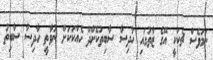
ނަމަވެސް ޗެކަކީ އޭގެ ޒާތުގައި ހާދިސާ ސާބިތުކޮށްދޭ ހެއްކަކަށް ނުވާތީ ހާދިސާ ސާބިތު